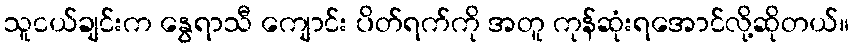
သူငယ်ချင်းက နွေရာသီ ကျောင်း ပိတ်ရက်ကို အတူ ကုန်ဆုံးရအောင်လို့ဆိုတယ်။